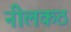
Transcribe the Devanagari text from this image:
नीलकठ